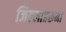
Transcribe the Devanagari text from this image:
जिल्लाहरूमा